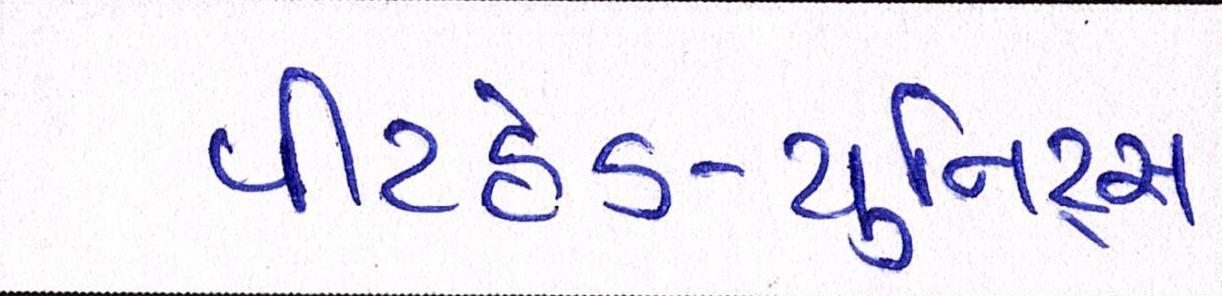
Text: પીટહેડ-યુનિટ્સ